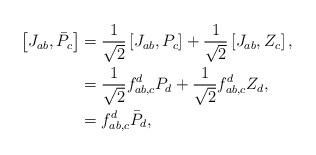
LaTeX: \begin{align*}\left[ J_{ab},\bar{P}_{c}\right] & =\frac{1}{\sqrt{2}}\left[ J_{ab},P_{c}\right] +\frac{1}{\sqrt{2}}\left[ J_{ab},Z_{c}\right] ,\\& =\frac{1}{\sqrt{2}}f_{ab,c}^{d}P_{d}+\frac{1}{\sqrt{2}}f_{ab,c}^{d}Z_{d},\\& =f_{ab,c}^{d}\bar{P}_{d},\end{align*}